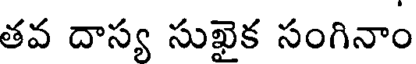
తవ దాస్య సుఖైక సంగినాం